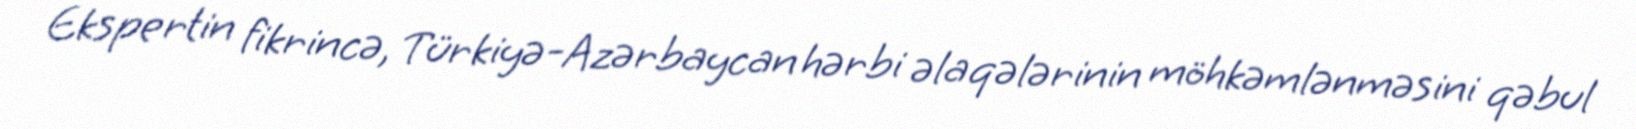
Ekspertin fikrincə, Türkiyə-Azərbaycan hərbi əlaqələrinin möhkəmlənməsini qəbul